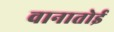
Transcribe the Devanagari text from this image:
वानातोई